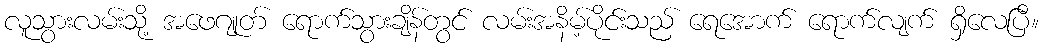
လူသွားလမ်းသို့ အဖေဂျုတ် ရောက်သွားချိန်တွင် လမ်းအနိမ့်ပိုင်းသည် ရေအောက် ရောက်လျက် ရှိလေပြီ။